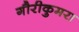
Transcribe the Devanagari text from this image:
गौरीकुमरा